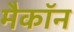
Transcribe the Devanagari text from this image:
मैकॉन